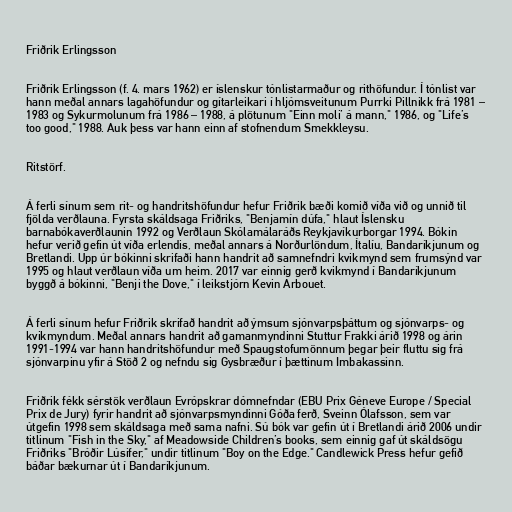
Friðrik Erlingsson

Friðrik Erlingsson (f. 4. mars 1962) er íslenskur tónlistarmaður og rithöfundur. Í tónlist var
hann meðal annars lagahöfundur og gítarleikari í hljómsveitunum Purrki Pillnikk frá 1981 –
1983 og Sykurmolunum frá 1986 – 1988, á plötunum "Einn moli’ á mann," 1986, og "Life’s
too good," 1988. Auk þess var hann einn af stofnendum Smekkleysu.

Ritstörf.

Á ferli sínum sem rit- og handritshöfundur hefur Friðrik bæði komið víða við og unnið til
fjölda verðlauna. Fyrsta skáldsaga Friðriks, "Benjamín dúfa," hlaut Íslensku
barnabókaverðlaunin 1992 og Verðlaun Skólamálaráðs Reykjavíkurborgar 1994. Bókin
hefur verið gefin út víða erlendis, meðal annars á Norðurlöndum, Ítalíu, Bandaríkjunum og
Bretlandi. Upp úr bókinni skrifaði hann handrit að samnefndri kvikmynd sem frumsýnd var
1995 og hlaut verðlaun víða um heim. 2017 var einnig gerð kvikmynd í Bandaríkjunum
byggð á bókinni, "Benji the Dove," í leikstjórn Kevin Arbouet.

Á ferli sínum hefur Friðrik skrifað handrit að ýmsum sjónvarpsþáttum og sjónvarps- og
kvikmyndum. Meðal annars handrit að gamanmyndinni Stuttur Frakki árið 1998 og árin
1991-1994 var hann handritshöfundur með Spaugstofumönnum þegar þeir fluttu sig frá
sjónvarpinu yfir á Stöð 2 og nefndu sig Gysbræður í þættinum Imbakassinn.

Friðrik fékk sérstök verðlaun Evrópskrar dómnefndar (EBU Prix Géneve Europe / Special
Prix de Jury) fyrir handrit að sjónvarpsmyndinni Góða ferð, Sveinn Ólafsson, sem var
útgefin 1998 sem skáldsaga með sama nafni. Sú bók var gefin út í Bretlandi árið 2006 undir
titlinum "Fish in the Sky," af Meadowside Children’s books, sem einnig gaf út skáldsögu
Friðriks "Bróðir Lúsifer," undir titlinum "Boy on the Edge." Candlewick Press hefur gefið
báðar bækurnar út í Bandaríkjunum.